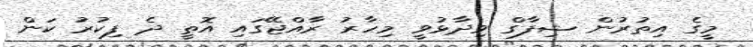
މީގެ އިތުރުން ޝިފާގް ވިދާޅުވީ މިހާރު ރާއްޖޭގައި އޮތީ ދެ ފިކުރު ކަން